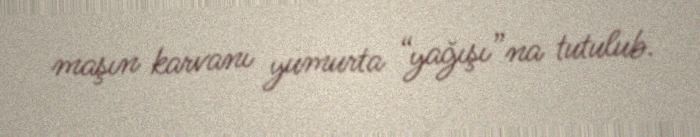
maşın karvanı yumurta “yağışı”na tutulub.